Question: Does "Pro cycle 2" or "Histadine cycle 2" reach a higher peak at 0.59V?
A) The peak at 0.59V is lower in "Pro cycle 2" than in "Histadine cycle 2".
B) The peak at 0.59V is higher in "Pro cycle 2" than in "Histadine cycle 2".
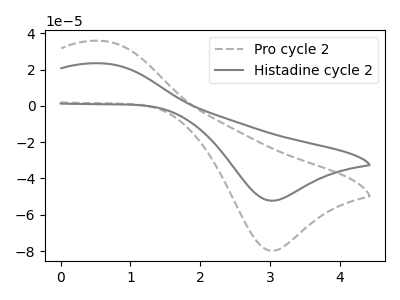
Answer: <think>The gray dashed curve "Pro cycle 2" has an anodic peak at (0.60V, 35.80uA) and a cathodic peak at (3.00V, -79.85uA). The gray curve "Histadine cycle 2" has an anodic peak at (0.60V, 23.45uA) and a cathodic peak at (3.00V, -52.30uA).</think>
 <answer>B) The peak at 0.59V is higher in "Pro cycle 2" than in "Histadine cycle 2".</answer>
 <eval>B</eval>